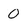
Character: 0